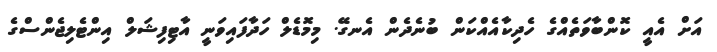
އަށް އެއީ ކޮންބާވަތެއްގެ ހެދިކާއެއްކަން ބުނެދެން އެނގޭ. މިމޮޑެލް ހަދާފައިވަނީ އާޓިފިޝަލް އިންޓެލިޖެންސްގެ